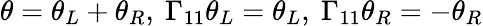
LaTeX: \theta=\theta_{L}+\theta_{R},\ \Gamma_{11}\theta_{L}=\theta_{L},\ \Gamma_{11}\theta_{R}=-\theta_{R}